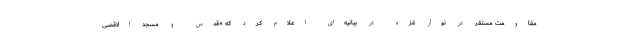
مقاومت مستقر در نوار غزه در بیانیه‌ای اعلام کرد که «قدس و مسجد الاقصی